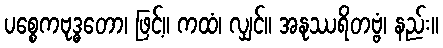
ပစ္စေကဗုဒ္ဓတော၊ ဖြင့်။ ကထံ၊ လျှင်။ အနုဿရိတဗ္ဗံ၊ နည်း။